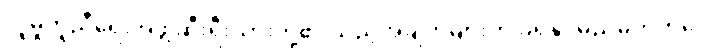
လူမှုကူညီရေးအဖွဲ့ ဆီးရီးယားတို့၏ သည့်အချက်များကို ခံရနိုင်မည်မဟုတ်ပေ